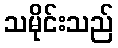
သမိုင်းသည်